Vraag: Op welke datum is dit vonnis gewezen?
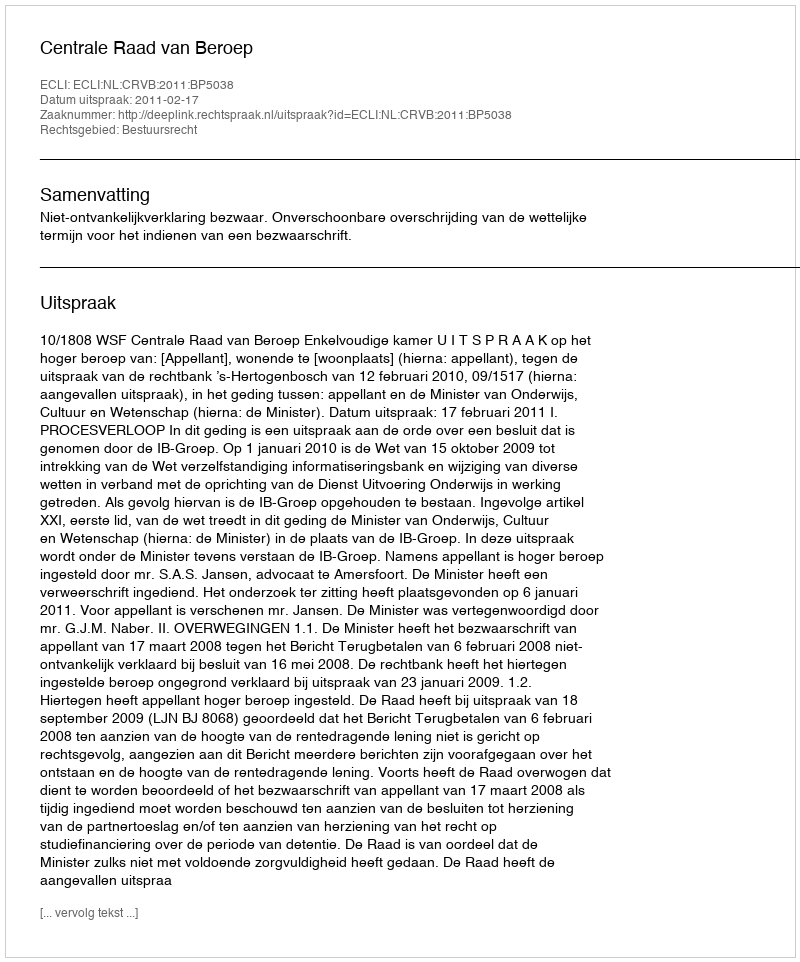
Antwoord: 2011-02-17